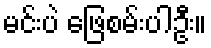
မင်းပဲ ဖြေစမ်းပါဦး။